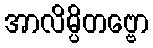
အာလိမ္ပိတဗ္ဗော